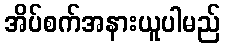
အိပ်စက်အနားယူပါမည်